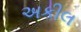
અકીલ